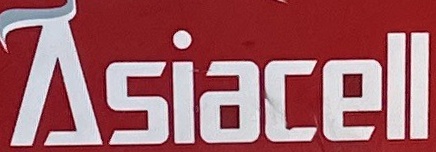
Asiacell